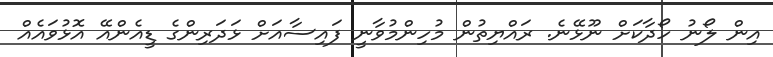
އިން ލޯނު ހޯދާކަށް ނޫޅޭނެ. ރައްޔިތުން މުހިންމުވާނީ ފައިސާއަށް ޅަދަރިންގެ ޑީއެންއޭ އޮޅުވައެއް